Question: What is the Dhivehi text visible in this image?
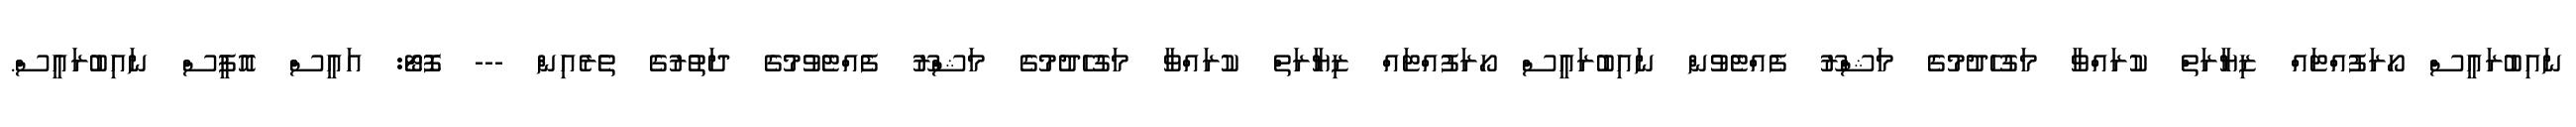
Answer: ނައިބުރައީސް ހޯރަފުއްޓައް ޒިޔާރަތް ކުރައްވާ މަގުހެދުމުގެ މަޝްރޫ ފެއްޓެވުން ނައިބުރައީސް ހޯރަފުއްޓައް ޒިޔާރަތް ކުރައްވާ މަގުހެދުމުގެ މަޝްރޫ ފެއްޓެވުމުގެ ދަތުރުގެ ތެރެއިން --- ފޮޓޯ: އައީސް އޮފީސް ނައިބުރައީސް.